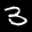
Label: 3